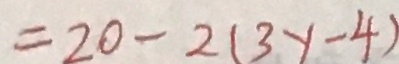
= 2 0 - 2 ( 3 y - 4 )